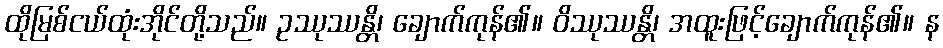
ထိုမြစ်ငယ်ထုံးအိုင်တို့သည်။ ဥဿုဿန္တိ၊ ချောက်ကုန်၏။ ဝိဿုဿန္တိ၊ အထူးဖြင့်ချောက်ကုန်၏။ န